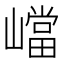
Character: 𡽊